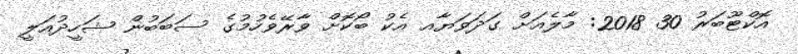
އޮކްޓޫބަރު 30 2018: މާލެއަށް ގަދަވަޔާއ އެކު ބޯކޮށް ވާރޭވެހުމުގެ ސަބަބުން ޝަހީދުއަލީ